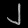
Digit: ၂